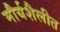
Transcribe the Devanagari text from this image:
मौर्यशैलीत